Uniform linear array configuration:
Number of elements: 12
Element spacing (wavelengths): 0.75
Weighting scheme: blackman
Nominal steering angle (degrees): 15
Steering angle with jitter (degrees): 16.119
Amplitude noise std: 0.05
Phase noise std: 0.05

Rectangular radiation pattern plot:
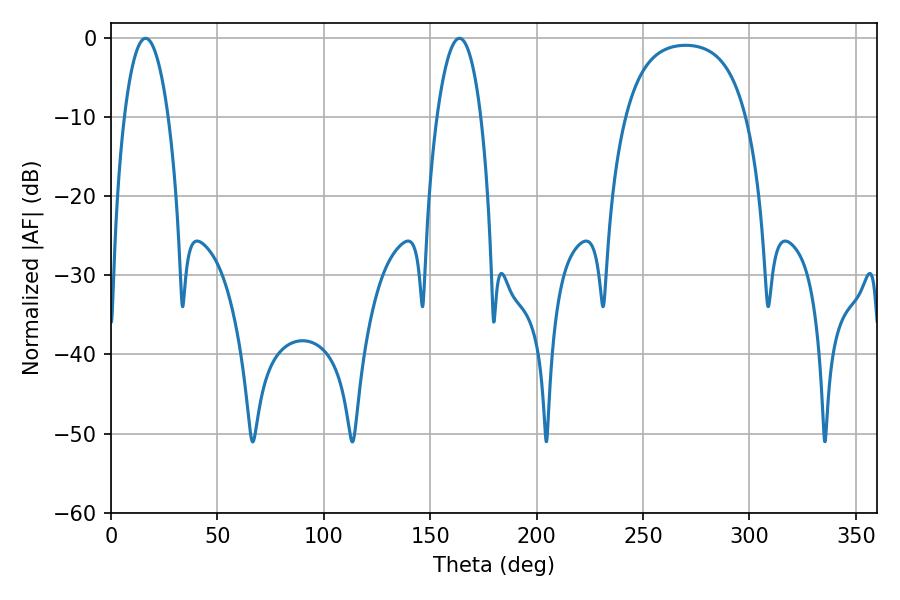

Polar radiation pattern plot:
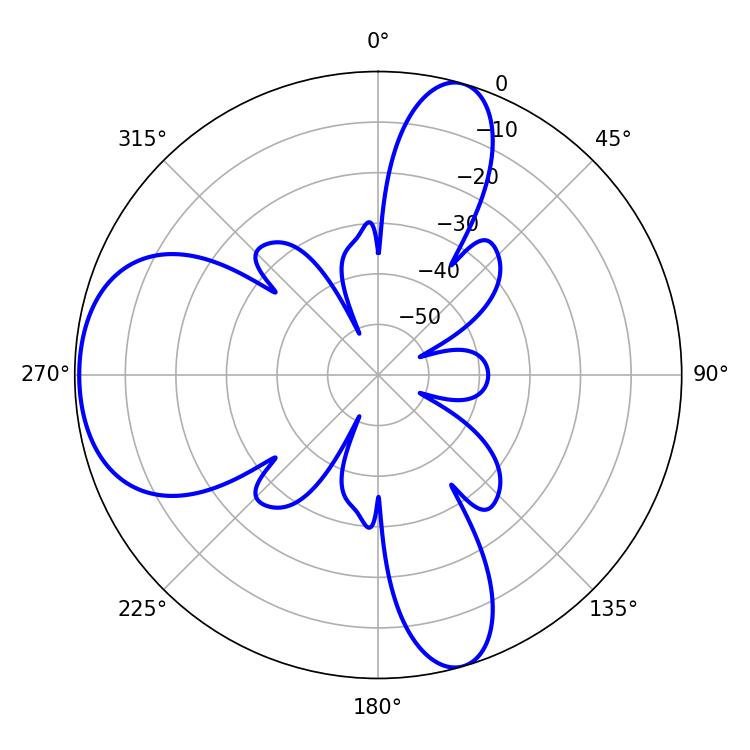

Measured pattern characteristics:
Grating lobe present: TRUE
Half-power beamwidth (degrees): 11.52
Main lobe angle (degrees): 16.2